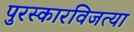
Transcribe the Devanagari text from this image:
पुरस्कारविजत्या